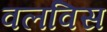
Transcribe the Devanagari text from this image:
वलविस